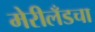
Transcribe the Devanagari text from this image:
मेरीलँडचा